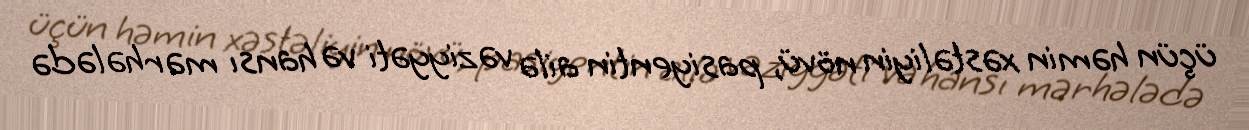
üçün həmin xəstəliyin növü, pasiyentin ailə vəziyyəti və hansı mərhələdə